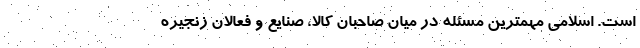
است. اسلامی مهمترین مسئله در میان صاحبان کالا، صنایع و فعالان زنجیره